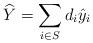
LaTeX: \begin{align*}\widehat{Y} = \sum\limits_{i\in S} d_i \hat{y}_i \end{align*}